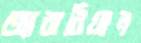
অ্যারাবিয়ান